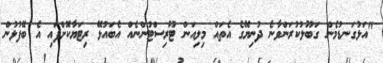
"އަޅުގަނޑުމެން ގަބޫލުކުރަންވާނެ ދުނިޔޭގެ އެތައް މިލިއަން ޓޫރިސްޓުންނެއް އެބައުޅޭ ރިޓަޔާކޮށްފައި އެ ބޭފުޅުން